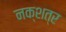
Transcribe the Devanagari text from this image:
नक्शत्र